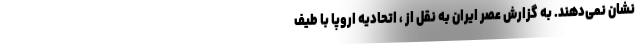
نشان نمی‌دهند. به گزارش عصر ایران به نقل از ، اتحادیه اروپا با طیف